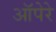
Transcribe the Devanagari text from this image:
ऑपेरे